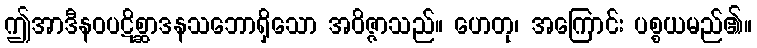
ဤအာဒီနဝပဋိစ္ဆာဒနသဘောရှိသော အဝိဇ္ဇာသည်။ ဟေတု၊ အကြောင်း ပစ္စယမည်၏။